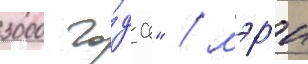
3000 го́да" / мэр'и